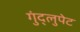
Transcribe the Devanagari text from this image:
गुंद्लुपेट